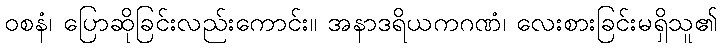
ဝစနံ၊ ပြောဆိုခြင်းလည်းကောင်း။ အနာဒရိယကဂဏံ၊ လေးစားခြင်းမရှိသူ၏